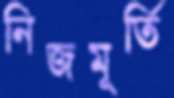
নিজমূর্তি